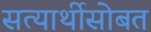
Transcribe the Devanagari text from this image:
सत्यार्थीसोबत